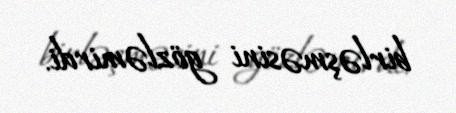
birləşməsini gözləmirdi.